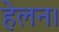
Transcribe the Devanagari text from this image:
हेलन।